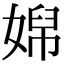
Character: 𡞭